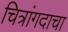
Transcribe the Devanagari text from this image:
चित्रांगदाचा